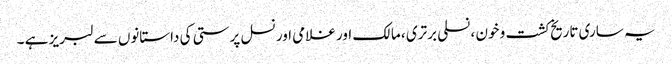
یہ ساری تاریخ کشت و خون ، نسلی برتری ، مالک اور غلامی اور نسل پرستی کی داستانوں سے لبریز ہے ۔